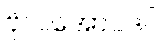
ဗိုလ်အောင်ဒင်